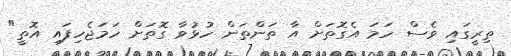
ތިރީގައި ވެސް ހަމަ އެގޮތަށް އާ ތަންތަން ހުޅުވާ ގޮތަށް ހަމަޖެހިފައި އޮތީ"